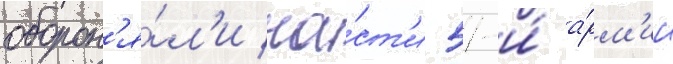
оборон'я́л'и ча́ст'и 51-и́ а́рм'ии